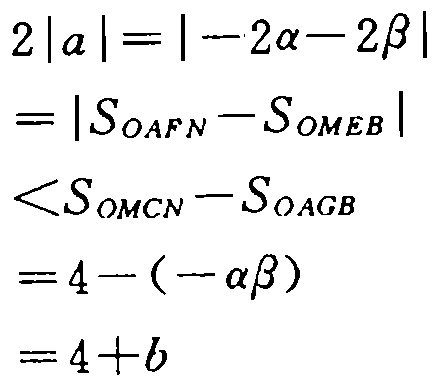
\[
\begin{align*}
2|\alpha|&= | - 2\alpha - 2\beta|\\
&=|S_{OAFN}-S_{OMEB}|\\
&<S_{OMCN}-S_{OAGB}\\
&=4-(-\alpha\beta)\\
&=4 + b
\end{align*}
\]